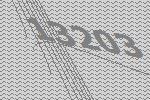
13203